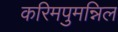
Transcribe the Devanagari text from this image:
करिमपुमन्निल